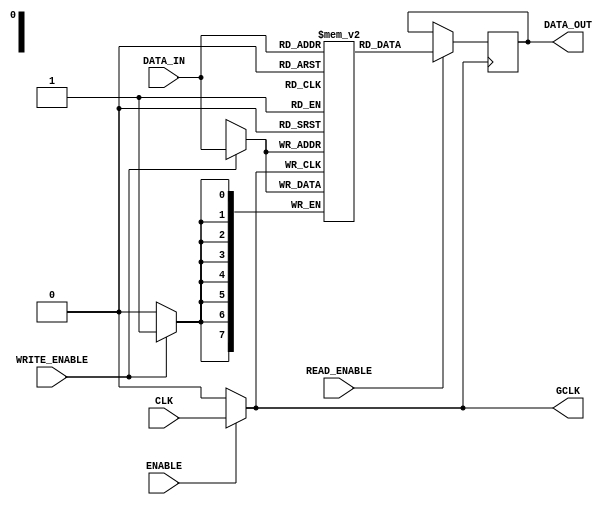
module static_clock_gating (
    input wire CLK,         // Main clock signal
    input wire ENABLE,      // Gating control signal
    output reg GCLK,        // Gated clock signal
    input wire [7:0] DATA_IN, // Data input for memory
    output reg [7:0] DATA_OUT, // Data output from memory
    input wire WRITE_ENABLE, // Signal to enable writing to memory
    input wire READ_ENABLE    // Signal to enable reading from memory
);

    // Clock gating logic
    always @(*) begin
        if (ENABLE) begin
            GCLK = CLK;  // Follow main clock when ENABLE is high
        end else begin
            GCLK = 1'b0; // Hold GCLK low when ENABLE is low
        end
    end

    // Memory block (simple register array for demonstration)
    reg [7:0] memory [0:255]; // 256 x 8-bit memory

    // Memory operation based on gated clock
    always @(posedge GCLK) begin
        if (WRITE_ENABLE) begin
            // Write data to memory
            memory[DATA_IN[7:0]] <= DATA_IN; // Addressing via DATA_IN for simplicity
        end
        if (READ_ENABLE) begin
            // Read data from memory
            DATA_OUT <= memory[DATA_IN[7:0]]; // Addressing via DATA_IN for simplicity
        end
    end

endmodule